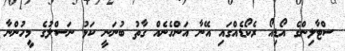
ސްޓާލިންގެ އޯޑިއޯ ރެކޯޑެއްގައި އޭނާ އަންހެނެއް ގާތު ބުނަނީ ކަޅު ނަސްލުގެ މީހުންނާ